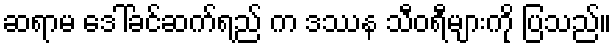
ဆရာမ ဒေါ်ခင်ဆက်ရည် က ဒဿန သီဝရီများကို ပြသည်။